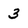
Character: 3